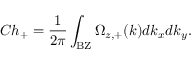
C h _ { + } = \frac { 1 } { 2 \pi } \int _ { \mathrm { B Z } } \Omega _ { z , + } ( k ) d k _ { x } d k _ { y } .